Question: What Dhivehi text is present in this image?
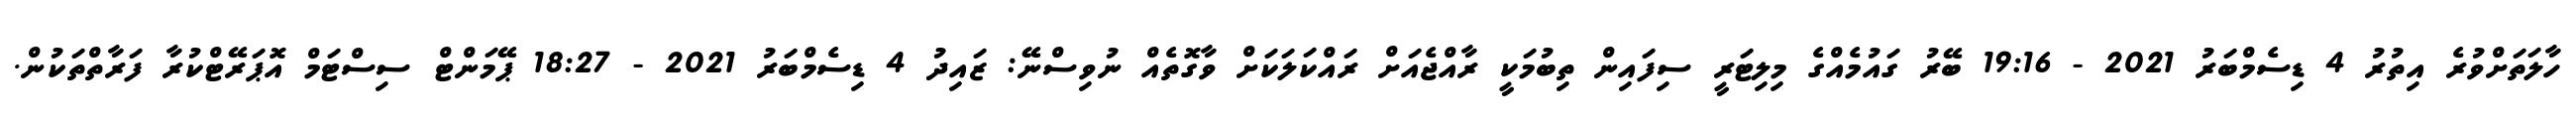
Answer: ހާލަތަށްވުރެ އިތުރު 4 ޑިސެމްބަރު 2021 - 19:16 ބޭރު ގައުމެއްގެ މިލިޓަރީ ސިފައިން ތިބުމަކީ ރާއްޖެއަށް ރައްކަލަކަށް ވާގޮތެއް ނުވިސްނޭ: ޒައިދު 4 ޑިސެމްބަރު 2021 - 18:27 ޕޭމަންޓް ސިސްޓަމް އޮޕަރޭޓްކުރާ ފަރާތްތަކުން.